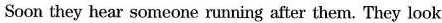
Soon they hear someone running after them. They look